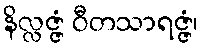
နိလ္လဇ္ဇံ ဝီတသာရဇ္ဇံ၊